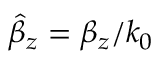
\hat { \beta } _ { z } = \beta _ { z } / k _ { 0 }